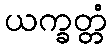
ယက္ခတ္တံ